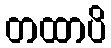
တထာပိ